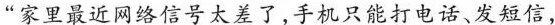
”家里最近网络信号太差了，手机只能打电话、发短信，